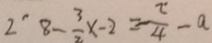
2 ^ { \prime } 8 - \frac { 3 } { 2 } x - 2 = - \frac { \pi } { 4 } - a